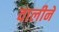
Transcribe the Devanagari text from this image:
वालीने